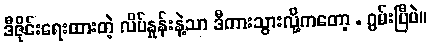
ဒီဇိုင်းရေးထားတဲ့ လိပ်နှုန်းနဲ့သာ ဒီကားသွားလို့ကတော့ . ဂွမ်းပြီပဲ။